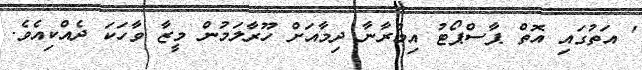
' އަތުގައި އޮތް ޕާސްޕޯޓު އިމްރާނާ ދިމާއަށް ހޫރާލަމުން މީޒާ ވާހަކަ ދެއްކިއެވެ.